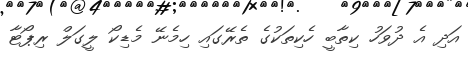
އަދި އެ ދުވަހު ކިތާބީ ހެކިތަކުގެ ތެރޭގައި ހިމެނޭ މެޑިކޯ ލީގަލް ރިޕޯޓާ